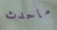
ماحدث